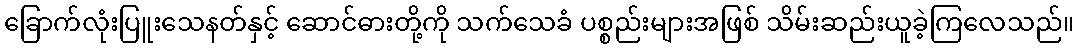
ခြောက်လုံးပြူးသေနတ်နှင့် ဆောင်ဓားတို့ကို သက်သေခံ ပစ္စည်းများအဖြစ် သိမ်းဆည်းယူခဲ့ကြလေသည်။